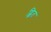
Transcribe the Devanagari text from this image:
ह्वित